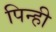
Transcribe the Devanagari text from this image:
पिन्ही